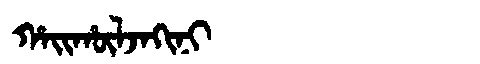
Manchu: ᡥᠠᡳᡥᡡᠯᠵᠠᡴᡳᠨᡳ
Romanization: HAIHŪLJAKINI